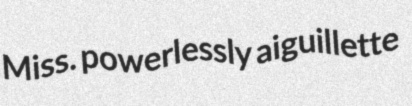
Miss. powerlessly aiguillette